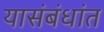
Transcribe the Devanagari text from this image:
यासंबंधांत